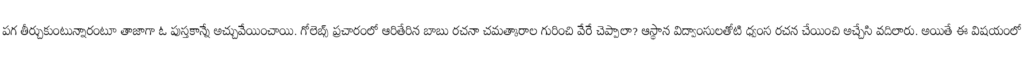
పగ తీర్చుకుంటున్నారంటూ తాజాగా ఓ పుస్తకాన్నే అచ్చువేయించాయి. గోలెబ్స్ ప్రచారంలో ఆరితేరిన బాబు రచనా చమత్కారాల గురించి వేరే చెప్పాలా? ఆస్థాన విద్వాంసులతోటి ధ్వంస రచన చేయించి అచ్చేసి వదిలారు. అయితే ఈ విషయంలో